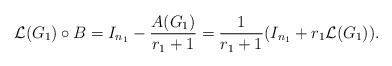
LaTeX: \begin{align*}\mathcal{L}(G_1)\circ{B}=I_{n_1}-\dfrac{A(G_1)}{r_1+1}=\dfrac{1}{r_1+1}(I_{n_1}+r_1\mathcal{L}(G_1)).\end{align*}